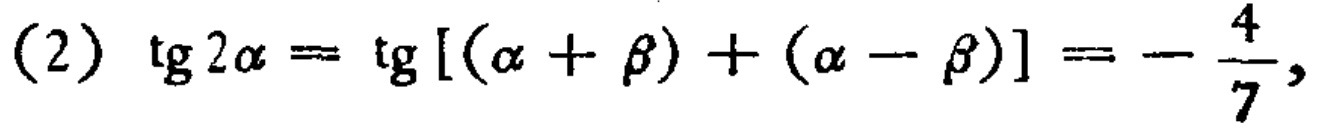
\((2)\ \mathrm{tg}2\alpha = \mathrm{tg}[(\alpha + \beta)+(\alpha - \beta)] = -\frac{4}{7},\)